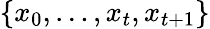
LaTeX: \{ x_{0},\dots,x_{t},x_{t+1}\}